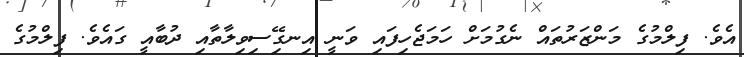
އެވެ. ފިލްމުގެ މަންޒަރުތައް ނެގުމަށް ހަމަޖެހިފައި ވަނީ އިނގިޭސިވިލާތާއި ދުބާއީ ގައެވެ. ފިލްމުގެ